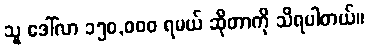
သူ ဒေါ်လာ ၁၅၀,၀၀၀ ရမယ် ဆိုတာကို သိရပါတယ်။